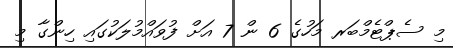
މި ސެޕްޓެމްބަރ މަހުގެ 6 ން 7 އަށް ފުވައްމުލަކުގައި ހިންގާ މި